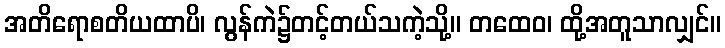
အတိရောစတိယထာပိ၊ လွန်ကဲ၌တင့်တယ်သကဲ့သို့။ တထေဝ၊ ထို့အတူသာလျှင်။